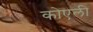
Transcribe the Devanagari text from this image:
कोएली